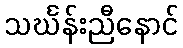
သင်္ဃန်းညီနောင်